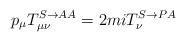
\begin{align*}p_\mu T^{S\rightarrow AA}_{\mu \nu} =2miT^{S\rightarrow PA}_\nu\end{align*}